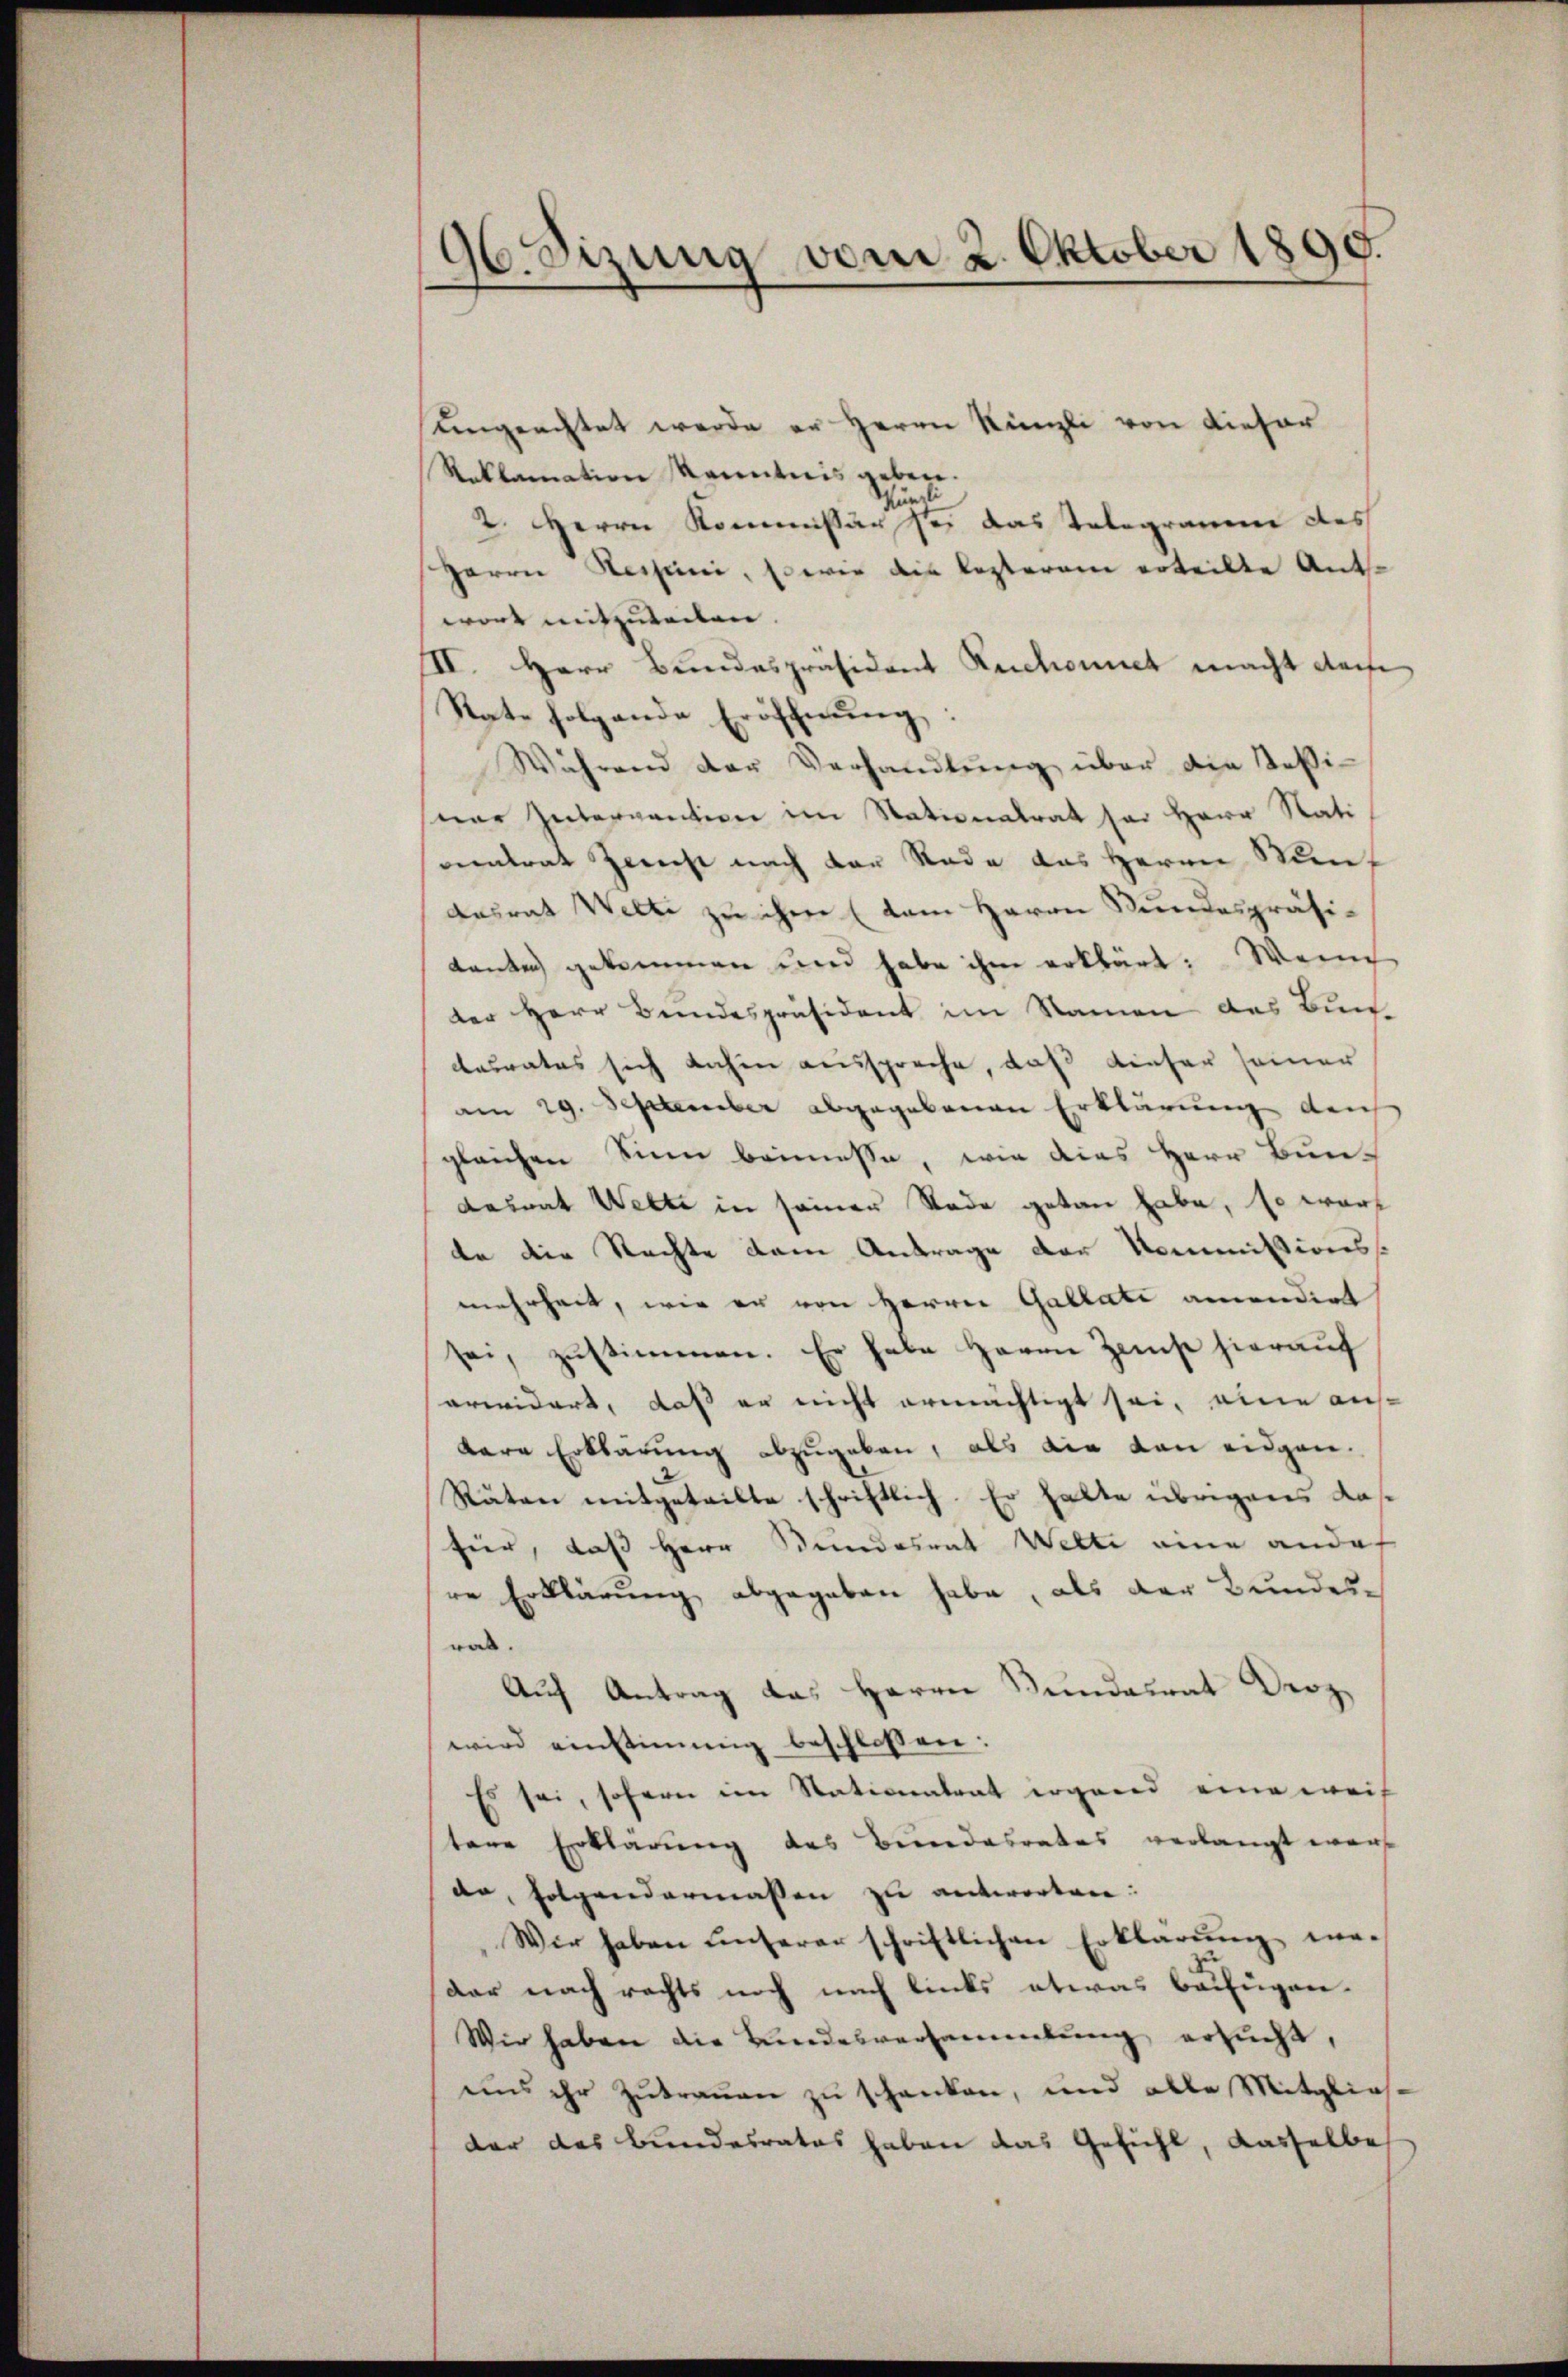
96. Sizung vom 2. Oktober 1890.

Ungeachtet werde er Herrn Künzli von dieser
Reklamation Kenntnis gebore.
2. Herrn Kommissär sei das Telegramm des
Herrn Hessini, so wie die Kosteram erteilte Ant.
wort mitzuteilen. |
II. Herr Bundespräsident Ruchonet macht dache
Rate folgende Eröffnung:
Während der Verhandlŭng über die Teßi-
ner Intervention im Stationalrat her Herr Nati
eintrat Zerst nach der Rade das Herrn Menf
Ansrat Welti zu ihm (dem Herrn Bundespräsitanten gekommen und habe ihm erklärt: Wenn
der Herr Bundespräsident im Namen des Bun
desrates sich dahin ausspreche, daß dieser seiner
am 29. September abgegebenen Erklärung den
gleichen Sinn beimesse, wie dies Herr Bundamnat Welti in seiner Tode getan habe, so wart
de die Rechte dem Antrage der Kommissionss
mehrheit, wie er von Herrn Gallati ancondirt
sei, zŭstimmen. Er habe Herrn Zamst hieraŭf
arwidert, daß er nicht ermächtigt sei, eine aus-
bare Erklärung abzugeben, als die von eidgen.
Räten mitgeteilte schriftlich. Er halte übrigens das
für, daß Herr Stundesrat Welti eine ander
re Erklärung abgegeben habe, als der Bundeswas.
Auf Antrag das Herrn Bundesrat Droz
wird einstimmig beschlossen:
Es sei, sofern im Nationalrat irgend eine weis
tene Erklärung des Bundesrates verlangt ware
de, folgendermassen zu antworten:
Wir haben unserer schriftlichen Erklärung ma-
dar nach rechts noch nach links etwas beifügen.
Wir haben die Bundesversammlung, ersucht,
uns ihr Zutrauen zu schanken, und alle Mitglies-
der das Bundesrates haben das Gefühl, dasselbe